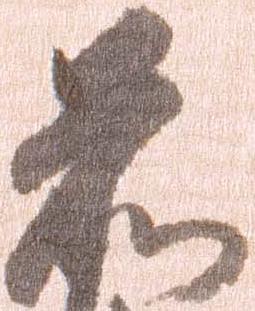
前